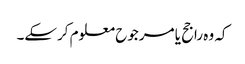
کہ وہ راجح یا مرجوح معلوم کرسکے۔